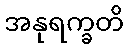
အနုရက္ခတိ